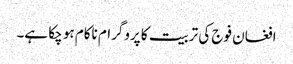
افغان فوج کی تربیت کا پروگرام ناکام ہو چکا ہے۔